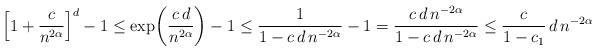
LaTeX: \begin{align*}\left[ 1 + \frac{c}{n^{2\alpha}} \right]^d - 1\leq \exp\!\left( \frac{c\,d}{n^{2\alpha}} \right) - 1 \leq \frac{1}{1 - c\,d\, n^{-2\alpha}} - 1 &= \frac{c\,d\, n^{-2\alpha}}{1 - c\,d\, n^{-2\alpha}} \leq \frac{c}{1-c_1} \, d \, n^{-2\alpha}\end{align*}